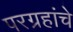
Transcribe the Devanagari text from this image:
परग्रहांचे